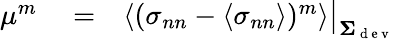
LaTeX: \begin{array}{rlr}{\mu^{m}}&{{}=}&{\left\langle(\sigma_{nn}-\left\langle\sigma_{nn}\right\rangle)^{m}\right\rangle\big\vert_{\mathbf{\Sigma}_{\mathrm{~d~e~v~}}}}\end{array}